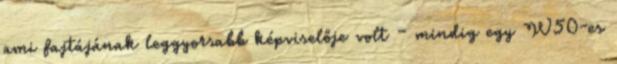
ami fajtájának leggyorsabb képviselője volt – mindig egy W50-es